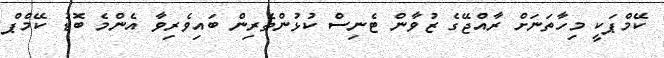
ކޭމްޕަކީ މިހާތަނަށް ރާއްޖޭގެ ޒުވާން ޓެނިސް ކުޅުންތެރިން ބައިވެރިވާ އެންމެ ބޮޑު ކޭމްޕް